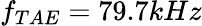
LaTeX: f_{TAE}=79.7kHz